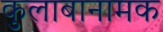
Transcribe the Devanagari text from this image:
कुलाबानामक